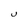
Character: U